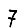
Digit: 7